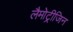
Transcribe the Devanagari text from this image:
लैमोट्रीजिन